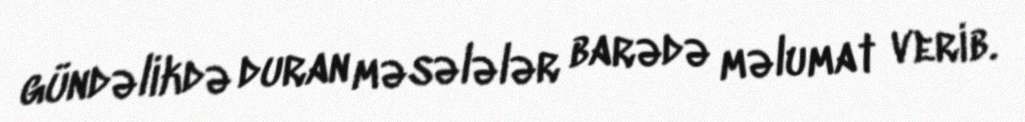
gündəlikdə duran məsələlər barədə məlumat verib.